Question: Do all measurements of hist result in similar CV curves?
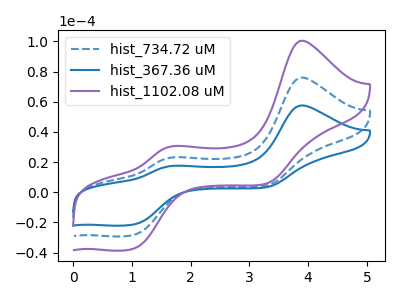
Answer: <think>The blue dashed curve "hist_734.72 uM" has anodic peaks at (3.90V, 76.05uA) (1.70V, 23.15uA) and cathodic peaks at (1.05V, -28.15uA) (3.30V, 4.45uA). The blue curve "hist_367.36 uM" has anodic peaks at (3.90V, 57.55uA) (1.70V, 17.50uA) and cathodic peaks at (1.05V, -21.30uA) (3.30V, 3.35uA). The purple curve "hist_1102.08 uM" has anodic peaks at (3.90V, 152.10uA) (1.70V, 46.25uA) and cathodic peaks at (1.05V, -56.35uA) (3.30V, 8.85uA).
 All the peaks in "hist_734.72 uM" have a peak in "hist_367.36 uM" at the same potential. All the peaks in "hist_734.72 uM" have a peak in "hist_1102.08 uM" at the same potential. All the peaks in "hist_367.36 uM" have a peak in "hist_1102.08 uM" at the same potential.</think>
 <answer>All the CV's of "hist" have similar shape.</answer>
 <eval>follow_rule</eval>